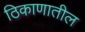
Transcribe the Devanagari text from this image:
ठिकाणातील